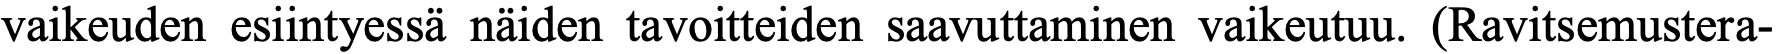
vaikeuden esiintyessä näiden tavoitteiden saavuttaminen vaikeutuu. (Ravitsemustera-